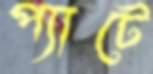
প্যাটে